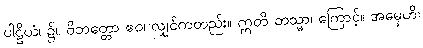
ပါဠိယံ၊ ၌။ ဝိဘတ္တော ဧဝ၊ လျှင်ကတည်း။ ဣတိ တသ္မာ၊ ကြောင့်။ အမှေဟိ၊